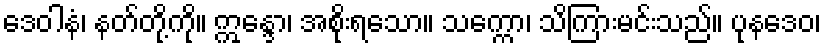
ဒေဝါနံ၊ နတ်တို့ကို။ ဣန္ဒော၊ အစိုးရသော။ သက္ကော၊ သိကြားမင်းသည်။ ပုနဒေဝ၊